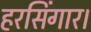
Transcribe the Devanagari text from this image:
हरसिंगार।